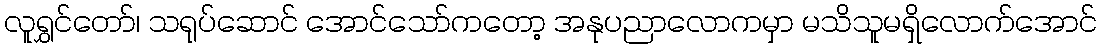
လူရွှင်တော်၊ သရုပ်ဆောင် အောင်သော်ကတော့ အနုပညာလောကမှာ မသိသူမရှိလောက်အောင်